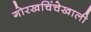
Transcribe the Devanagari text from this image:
गोरखचिंचेखाली